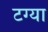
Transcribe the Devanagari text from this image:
टग्या